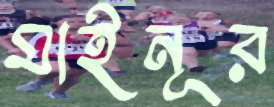
মাইনূর